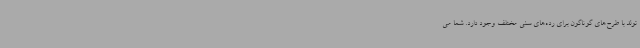
تولد با طرح‌های گوناگون برای رده‌های سنی مختلف وجود دارد. شما می‌